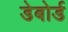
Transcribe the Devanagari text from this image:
डेबोर्ड